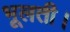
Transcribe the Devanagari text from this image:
भूलती।